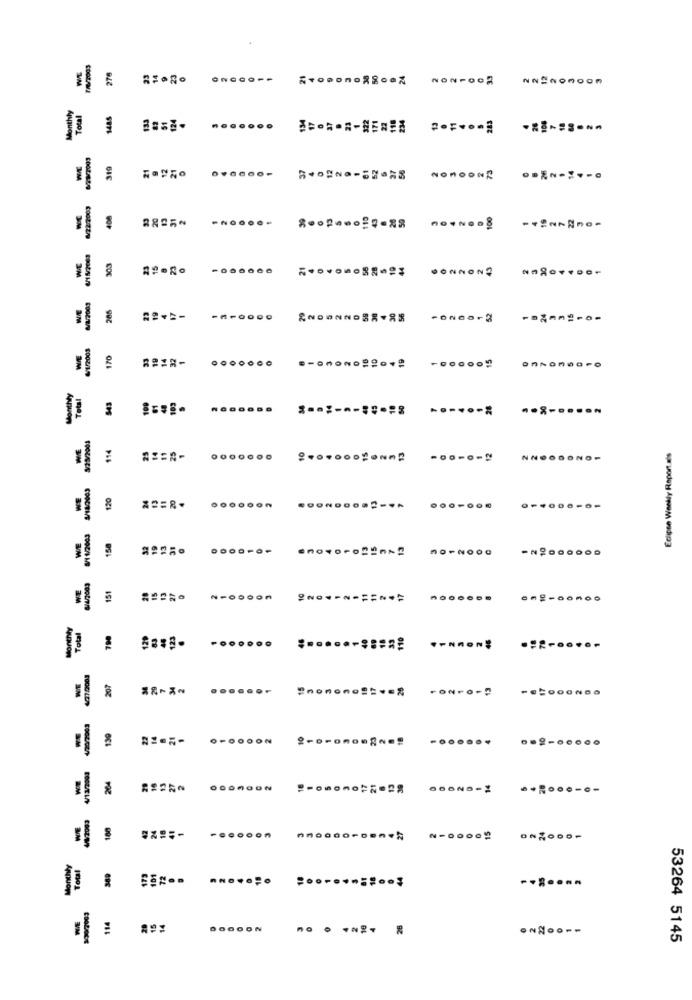
276
Monthly
Total
1485
133
124
319
R-OBNO-57-28
NONOONE
₩/22/2003
WE
408
100
303
M/2/2003
206
V/1/2003
170
.......
Monthly
543
183
....
-- 8-
S/29/2001
WIE
114
Eclipse Weekly Report.als
WE
S/14/2005
120
=== R-
8/11/2003
158
.......
WE
151
Monthly
Total
700
129
.......
207
4/20/2003
139
0.0000
....
4/13/2003
204
₩/8/2003
100
..... on
.......
Monthly
Total
.......
114
BOCCON
ONNOOF-
53264 5145